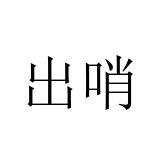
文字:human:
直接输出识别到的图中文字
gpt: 出哨